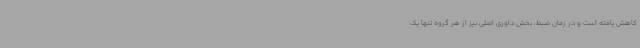
کاهش یافته است و در زمان ضبط، بخش داوری اصلی نیز از هر گروه تنها یک